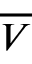
\overline { V }